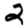
Digit: 2